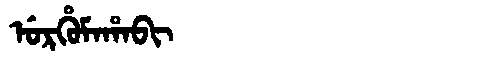
Manchu: ᡠᡵᡥᡠᠮᠠᡥᠠᠪᡳ
Romanization: URHUMAHABI